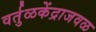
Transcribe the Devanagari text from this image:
वर्तुळकेंद्राजवळ